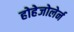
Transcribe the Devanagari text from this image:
होहेजोलेर्न